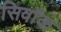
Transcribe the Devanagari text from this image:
सिवॉक